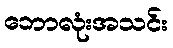
ဘောလုံးအသင်း